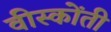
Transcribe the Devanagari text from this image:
वीस्कोंती